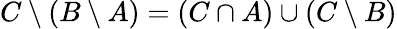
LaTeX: C\setminus(B\setminus A)=(C\cap A)\cup(C\setminus B)